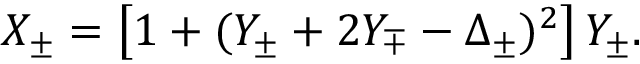
X _ { \pm } = \left[ 1 + ( Y _ { \pm } + 2 Y _ { \mp } - \Delta _ { \pm } ) ^ { 2 } \right] Y _ { \pm } .